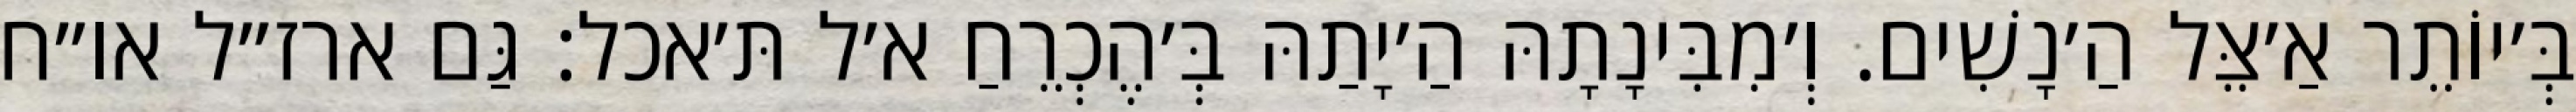
בְּ׳יוֹתֵר אַ׳צֵּל הַ׳נָשִׁים. וְ׳מִבִּינָתָהּ הַ׳יָתַהּ בְּ׳הֶכְרֵחַ א׳ל תּ׳אכל: גַּם ארז״ל או״ח